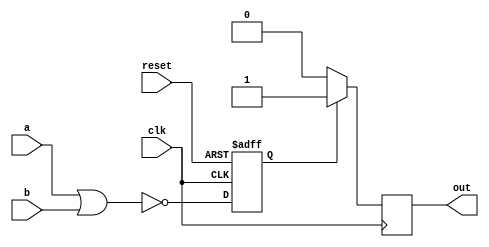
module nor_gate_delay(
    input wire a,
    input wire b,
    input wire clk,
    input wire reset,
    output reg out
    );

    reg nor_out;

    always @ (posedge clk or posedge reset) begin
        if(reset) begin
            nor_out <= 1'b0;
        end else begin
            nor_out <= ~(a | b);
        end
    end

    always @ (posedge clk) begin
        if(nor_out) begin
            out <= 1'b1;
        end else begin
            out <= 1'b0;
        end
    end

endmodule